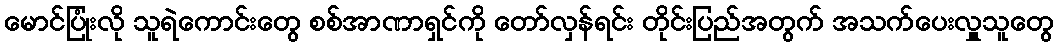
မောင်ပြုံးလို သူရဲကောင်းတွေ စစ်အာဏာရှင်ကို တော်လှန်ရင်း တိုင်းပြည်အတွက် အသက်ပေးလှူသူတွေ